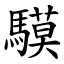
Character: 䮬